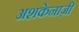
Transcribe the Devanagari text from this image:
अशकेनाज़ी